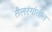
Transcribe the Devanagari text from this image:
तैलरंगांतील